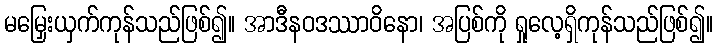
မမြှေးယှက်ကုန်သည်ဖြစ်၍။ အာဒီနဝဒဿာဝိနော၊ အပြစ်ကို ရှုလေ့ရှိကုန်သည်ဖြစ်၍။